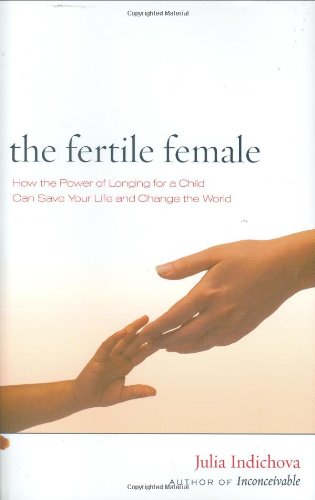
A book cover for The Fertile Female: How the Power of Longing for a Child Can Save Your Life and Change the World; Julia Indichova; Parenting & Relationships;